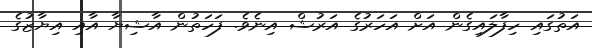
އަތުގައި ހިފާލައިގެން އަށް އަހަރުގެ އަރުޝް އިނެވެ. ފަހަތުން އާޝިޔާ އާއި އިޔާޒުގެ